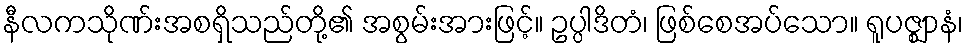
နီလကသိုဏ်းအစရှိသည်တို့၏ အစွမ်းအားဖြင့်။ ဥပ္ပါဒိတံ၊ ဖြစ်စေအပ်သော။ ရူပဇ္ဈာနံ၊